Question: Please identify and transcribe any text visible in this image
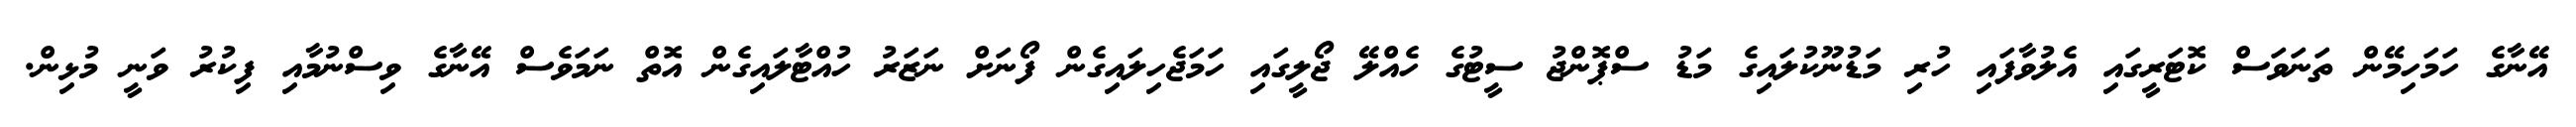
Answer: އޭނާގެ ހަމަހިމޭން ތަނަވަސް ކޮޓަރީގައި އެލުވާފައި ހުރި މަޑުނޫކުލައިގެ މަޑު ސްޕޮންޖު ސީޓުގެ ހެއްލޭ ޖޯލީގައި ހަމަޖެހިލައިގެން ފޯނަށް ނަޒަރު ހުއްޓާލައިގެން އޮތް ނަމަވެސް އޭނާގެ ވިސްނުމާއި ފިކުރު ވަނީ މުޅިން.